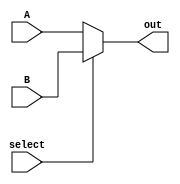
/*
    *   @author: Shubhayu Das
*/
module mux#(parameter SIZE = 32)(A, B, select, out);

input [SIZE-1:0]A, B;
input select;

output [SIZE-1:0] out;

assign out = select ? B : A;
endmodule